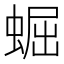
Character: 𧌑